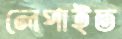
লেপাইত